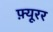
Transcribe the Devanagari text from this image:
फ़्यूरर